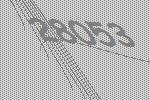
28053